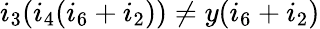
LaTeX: i_{3}(i_{4}(i_{6}+i_{2}))\neq y(i_{6}+i_{2})